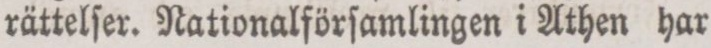
rättelſer. Nationalförſamlingen i Athen har